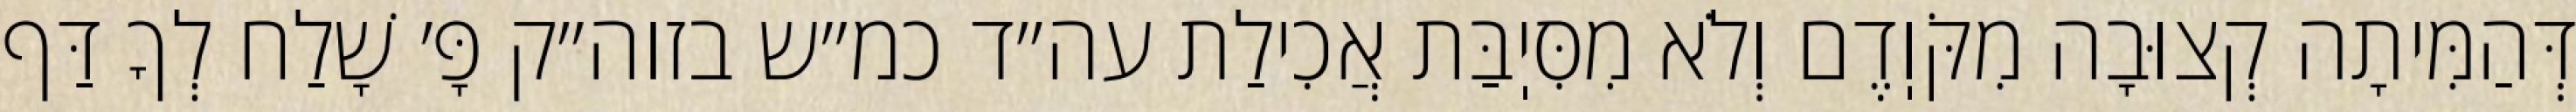
דְּהַמִּיתָה קְצוּבָה מִקֹּוֽדֶם וְלֹא מִסִּיֽבַּת אֲכִילַת עה״ד כמ״ש בזוה״ק פָּ׳ שָׁלַח לְךָ דַּף